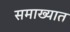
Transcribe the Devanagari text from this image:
समाख्यात